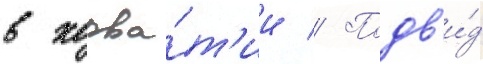
в хорва́т'ии // Подв'и́д